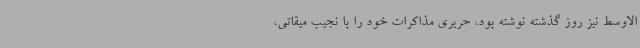
الاوسط نیز روز گذشته نوشته بود، حریری مذاکرات خود را با نجیب میقاتی،